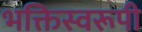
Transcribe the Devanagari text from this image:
भक्तिस्वरूपी